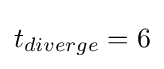
t_{diverge}=6